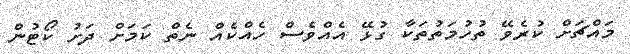
މައްޗަށް ކުރެވޭ ތުހުމަތުތަކާ ގުޅޭ އެއްވެސް ހެއްކެއް ނެތް ކަމަށް ދަށު ކޯޓުން